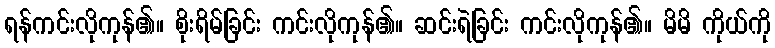
ရန်ကင်းလိုကုန်၏။ စိုးရိမ်ခြင်း ကင်းလိုကုန်၏။ ဆင်းရဲခြင်း ကင်းလိုကုန်၏။ မိမိ ကိုယ်ကို